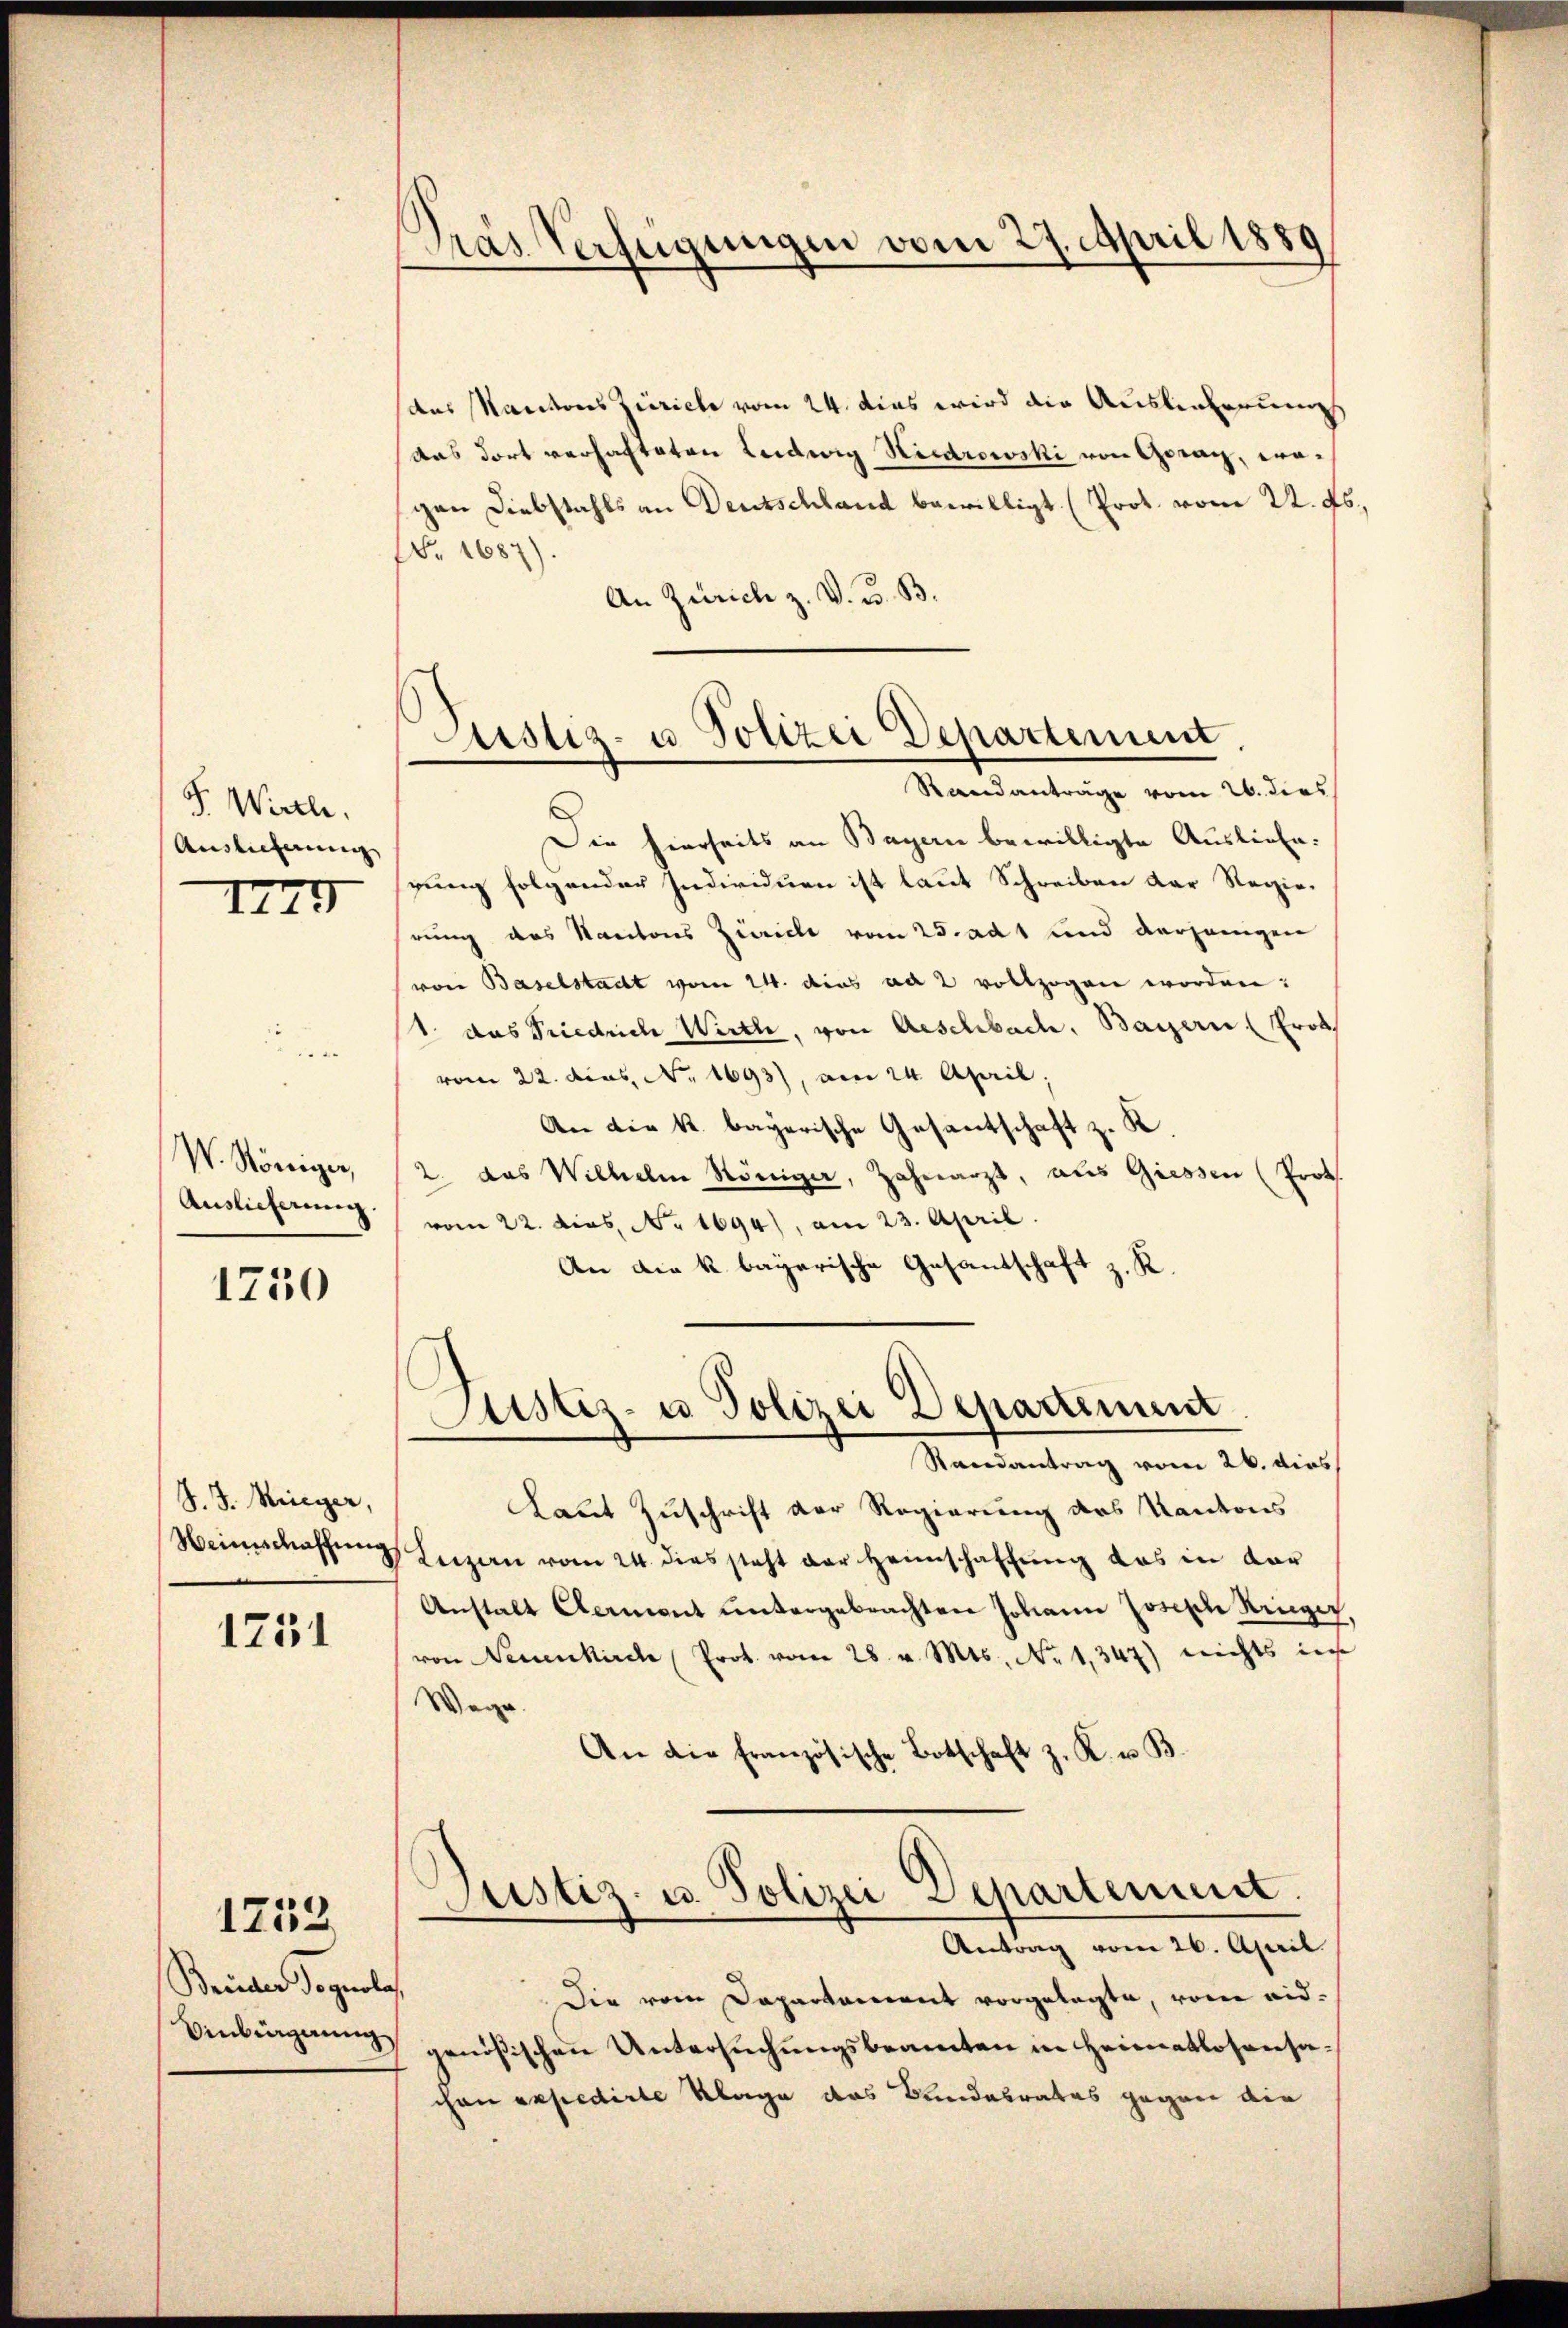
P. Wirthe
Auslieferung

I44

W. Königen,
Auslicherung.

1750

S. J. Rieger,
Weinschaffung

1731

1752

Breeder dognolas

Pras Verfügungen vom 27. April 1889

das Kantons Zürich vom 24. dies wird die Auslieferungs
das dort verhafteten Ludwig Niedrowski von Gerach, wogen Diebstahls an Deutschland bewilligt. (Prot. vom 22. Fs.
Nr. 1687)
An Zürich z. V. u. B.

Justiz- u. Polizei Departement

ustiz- u Polizei Departement
.

Randanträge vom 26. dies
Die hierseits an Bayern bewilligte Ausliefe.
gung folgender Individuen ist laut Schreiben der Regierung des Kantons Zürich vom 25. ad 1 und derjenigen
von Baselstadt vom 24. dies ad 2 vollzogen worden:
11. das Priedrich Wirth, von Aeschbach. Bayern (Probs
vom 22. dies No. 1693), am 24. April;
An die k. bayerische Gesandtschaft z. K.
2. das Wilhelm Königer, Zahnarzt, aus Giessen (Prot
vom 22. dies No. 1694), am 23. April.
An die k. bayerische Gesantschaft z. R.

Randantrag vom 26. dies
Laut Zuschrift der Regierung des Kantons
Luzern vom 24. dies steht der Heimschaffung das in dar
Anstalt Aeront untergebrachten Johann Joseph Krieger.
von Neuenkirch Prot. vom 28. v. Mts. No 1347) nichts ins
Wege.
An die französische Botschaft z. K. u. B.
Justiz- u. Polizei Departement.
e
Antrag vom 26. April.
f
Die vom Departarient vorgelegte, vom eid¬
Einbergŭng genößischen Untersŭchŭngsbeamten in Heimatlosensachon expedirte Klage das Bundesrates gegen die